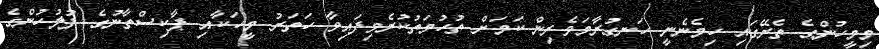
މިމީހުންގެ ތެރޭގައި ހިމެނެނީ ހަނގުރާމަވެރިން ކަމަށް ތުހުމަތުކުރެވިފައިވާ ހަތަރު މީހަކާއި ޕާކިސްތާނުގެ ފުލުހުންގެ